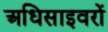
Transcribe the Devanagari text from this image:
अधिसाइवरों